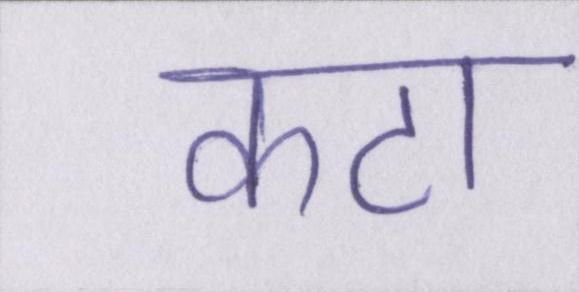
कटा